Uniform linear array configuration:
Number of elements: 64
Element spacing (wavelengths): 0.5
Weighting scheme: blackman
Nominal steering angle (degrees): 0
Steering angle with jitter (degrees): -0.4064
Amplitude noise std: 0.05
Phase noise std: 0.05

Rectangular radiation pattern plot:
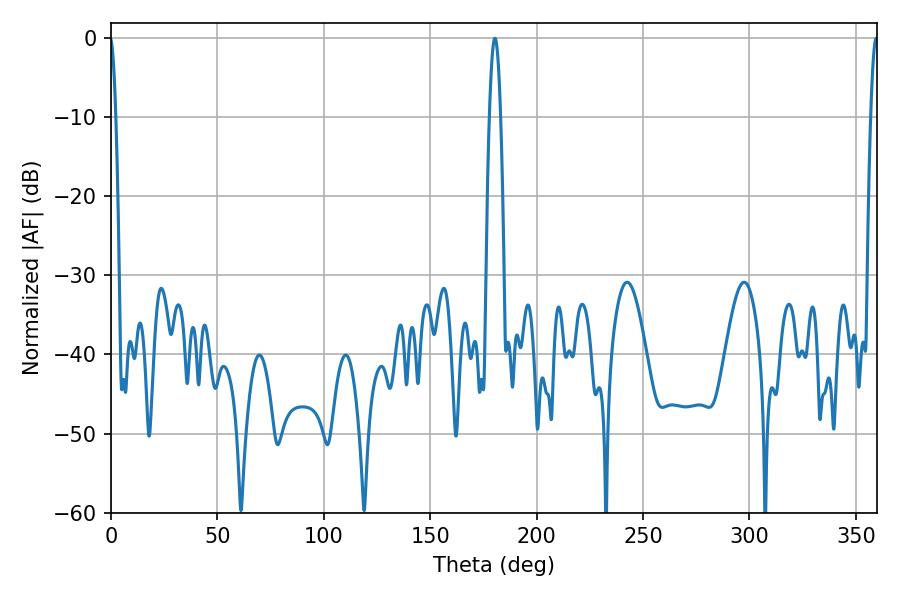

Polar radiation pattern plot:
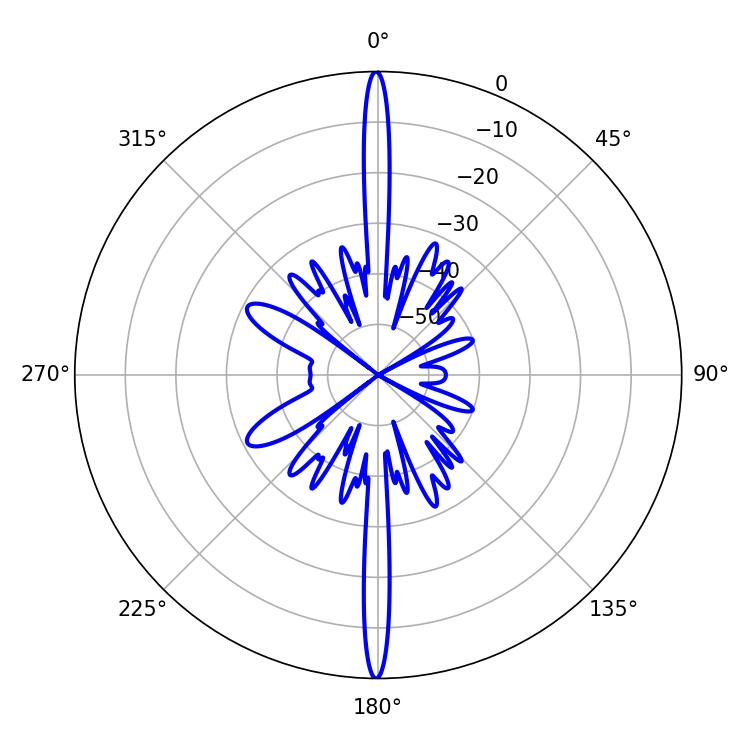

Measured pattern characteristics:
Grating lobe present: FALSE
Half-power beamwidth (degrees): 2.88
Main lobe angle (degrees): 180.36